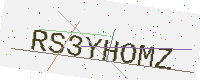
Text: RS3YHOMZ